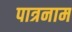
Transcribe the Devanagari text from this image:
पात्रनाम